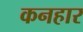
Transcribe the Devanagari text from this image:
कनहार